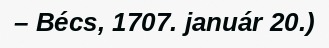
– Bécs, 1707. január 20.)